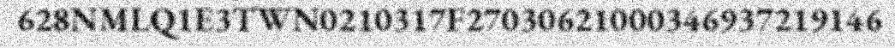
628NMLQ1E3TWN0210317F27030621000346937219146